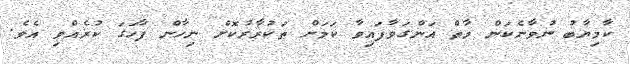
ކާމިޔާބު ނުވާނެކަން މާތް އަންގަވާފައިވާ ކަމަށް ތަކުރާރުކޮށް ނިހާން ފާހަގަ ކުރެއްވި އެވެ.